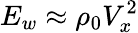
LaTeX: E_{w}\approx\rho_{0}V_{x}^{2}